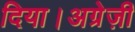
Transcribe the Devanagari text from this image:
दिया।अग्रेज़ी